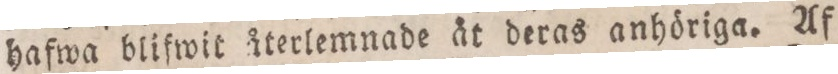
hafwa blifwit återlemnade åt deras anhöriga. Af